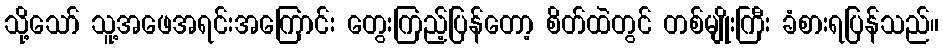
သို့သော် သူ့အဖေအရင်းအကြောင်း တွေးကြည့်ပြန်တော့ စိတ်ထဲတွင် တစ်မျိုးကြီး ခံစားရပြန်သည်။